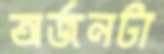
অর্জনটা